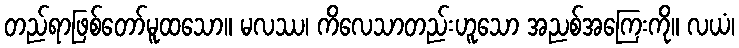
တည်ရာဖြစ်တော်မူထသော။ မလဿ၊ ကိလေသာတည်းဟူသော အညစ်အကြေးကို။ လယံ၊